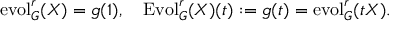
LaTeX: \operatorname { e v o l } _ { G } ^ { r } ( X ) = g ( 1 ) , \quad \operatorname { E v o l } _ { G } ^ { r } ( X ) ( t ) : = g ( t ) = \operatorname { e v o l } _ { G } ^ { r } ( t X ) .